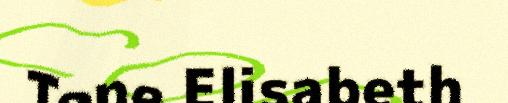
Tone Elisabeth